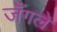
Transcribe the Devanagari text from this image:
जँगले